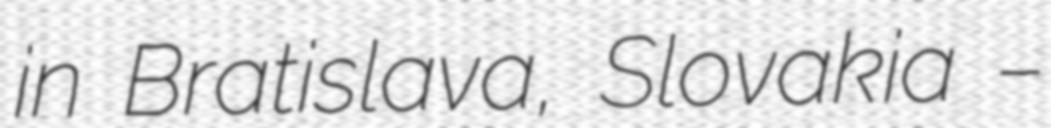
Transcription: in Bratislava, Slovakia –